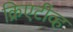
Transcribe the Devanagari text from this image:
क्रिएटीव्ह